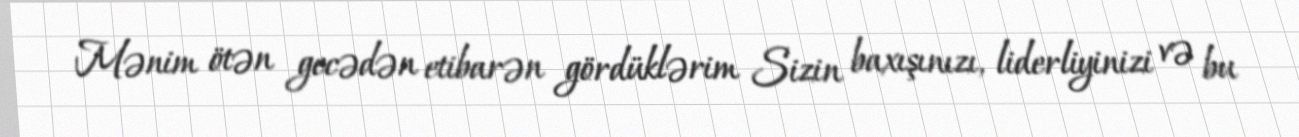
Mənim ötən gecədən etibarən gördüklərim Sizin baxışınızı, liderliyinizi və bu